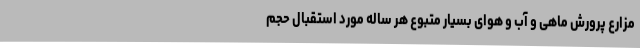
مزارع پرورش ماهی و آب و هوای بسیار متبوع هر ساله مورد استقبال حجم